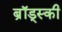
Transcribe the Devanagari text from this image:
ब्रॉड्स्की